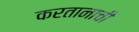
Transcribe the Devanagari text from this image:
करतानाची